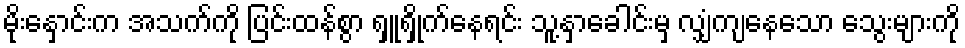
မိုးနှောင်းက အသက်ကို ပြင်းထန်စွာ ရှူရှိုက်နေရင်း သူ့နှာခေါင်းမှ လျှံကျနေသော သွေးများကို